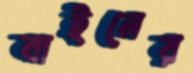
বাইনের